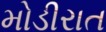
મોડીરાત